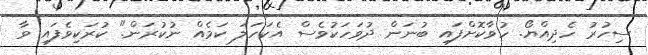
ސިހުރު ހެދިއްޔޯ. ހުވާކޮށްފައި ބުނަން ދުވަހަކުވެސް އެކަހަލަ ކަމެއް ނުކުރަން." ކުރަކިވެފައި ވާ